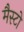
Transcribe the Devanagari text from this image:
मैस्टो